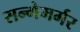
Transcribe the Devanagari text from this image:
सन्गेमर्मर